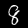
Digit: 8